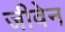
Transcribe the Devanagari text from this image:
जीवेन